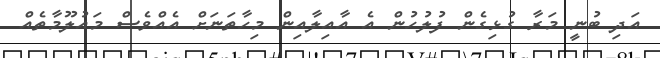
އަދި ބުނީ މަރާ ގުޅިގެން ފުލުހުން އެ އާއިލާއިން މިހާތަނަށް އެއްވެސް މައުލޫމާތެއް